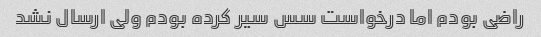
راضی بودم اما درخواست سس سیر کرده بودم ولی ارسال نشد